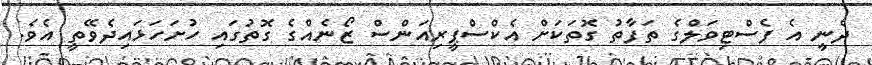
ދެނީ އެ ފެސްޓިވަލްގެ ތަފާތު ގޮތަކަށް އެކްސްޕީރިއަންސް ޒޯނެއްގެ ގޮތުގައި ހުށަހަޅައިދެވޭތީ އެވެ.